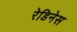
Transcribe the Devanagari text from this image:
रेडिनेस